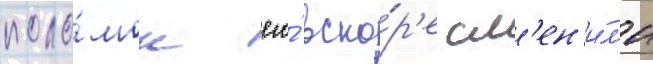
поло́мок его́ вско́р'е см'ен'и́л'и